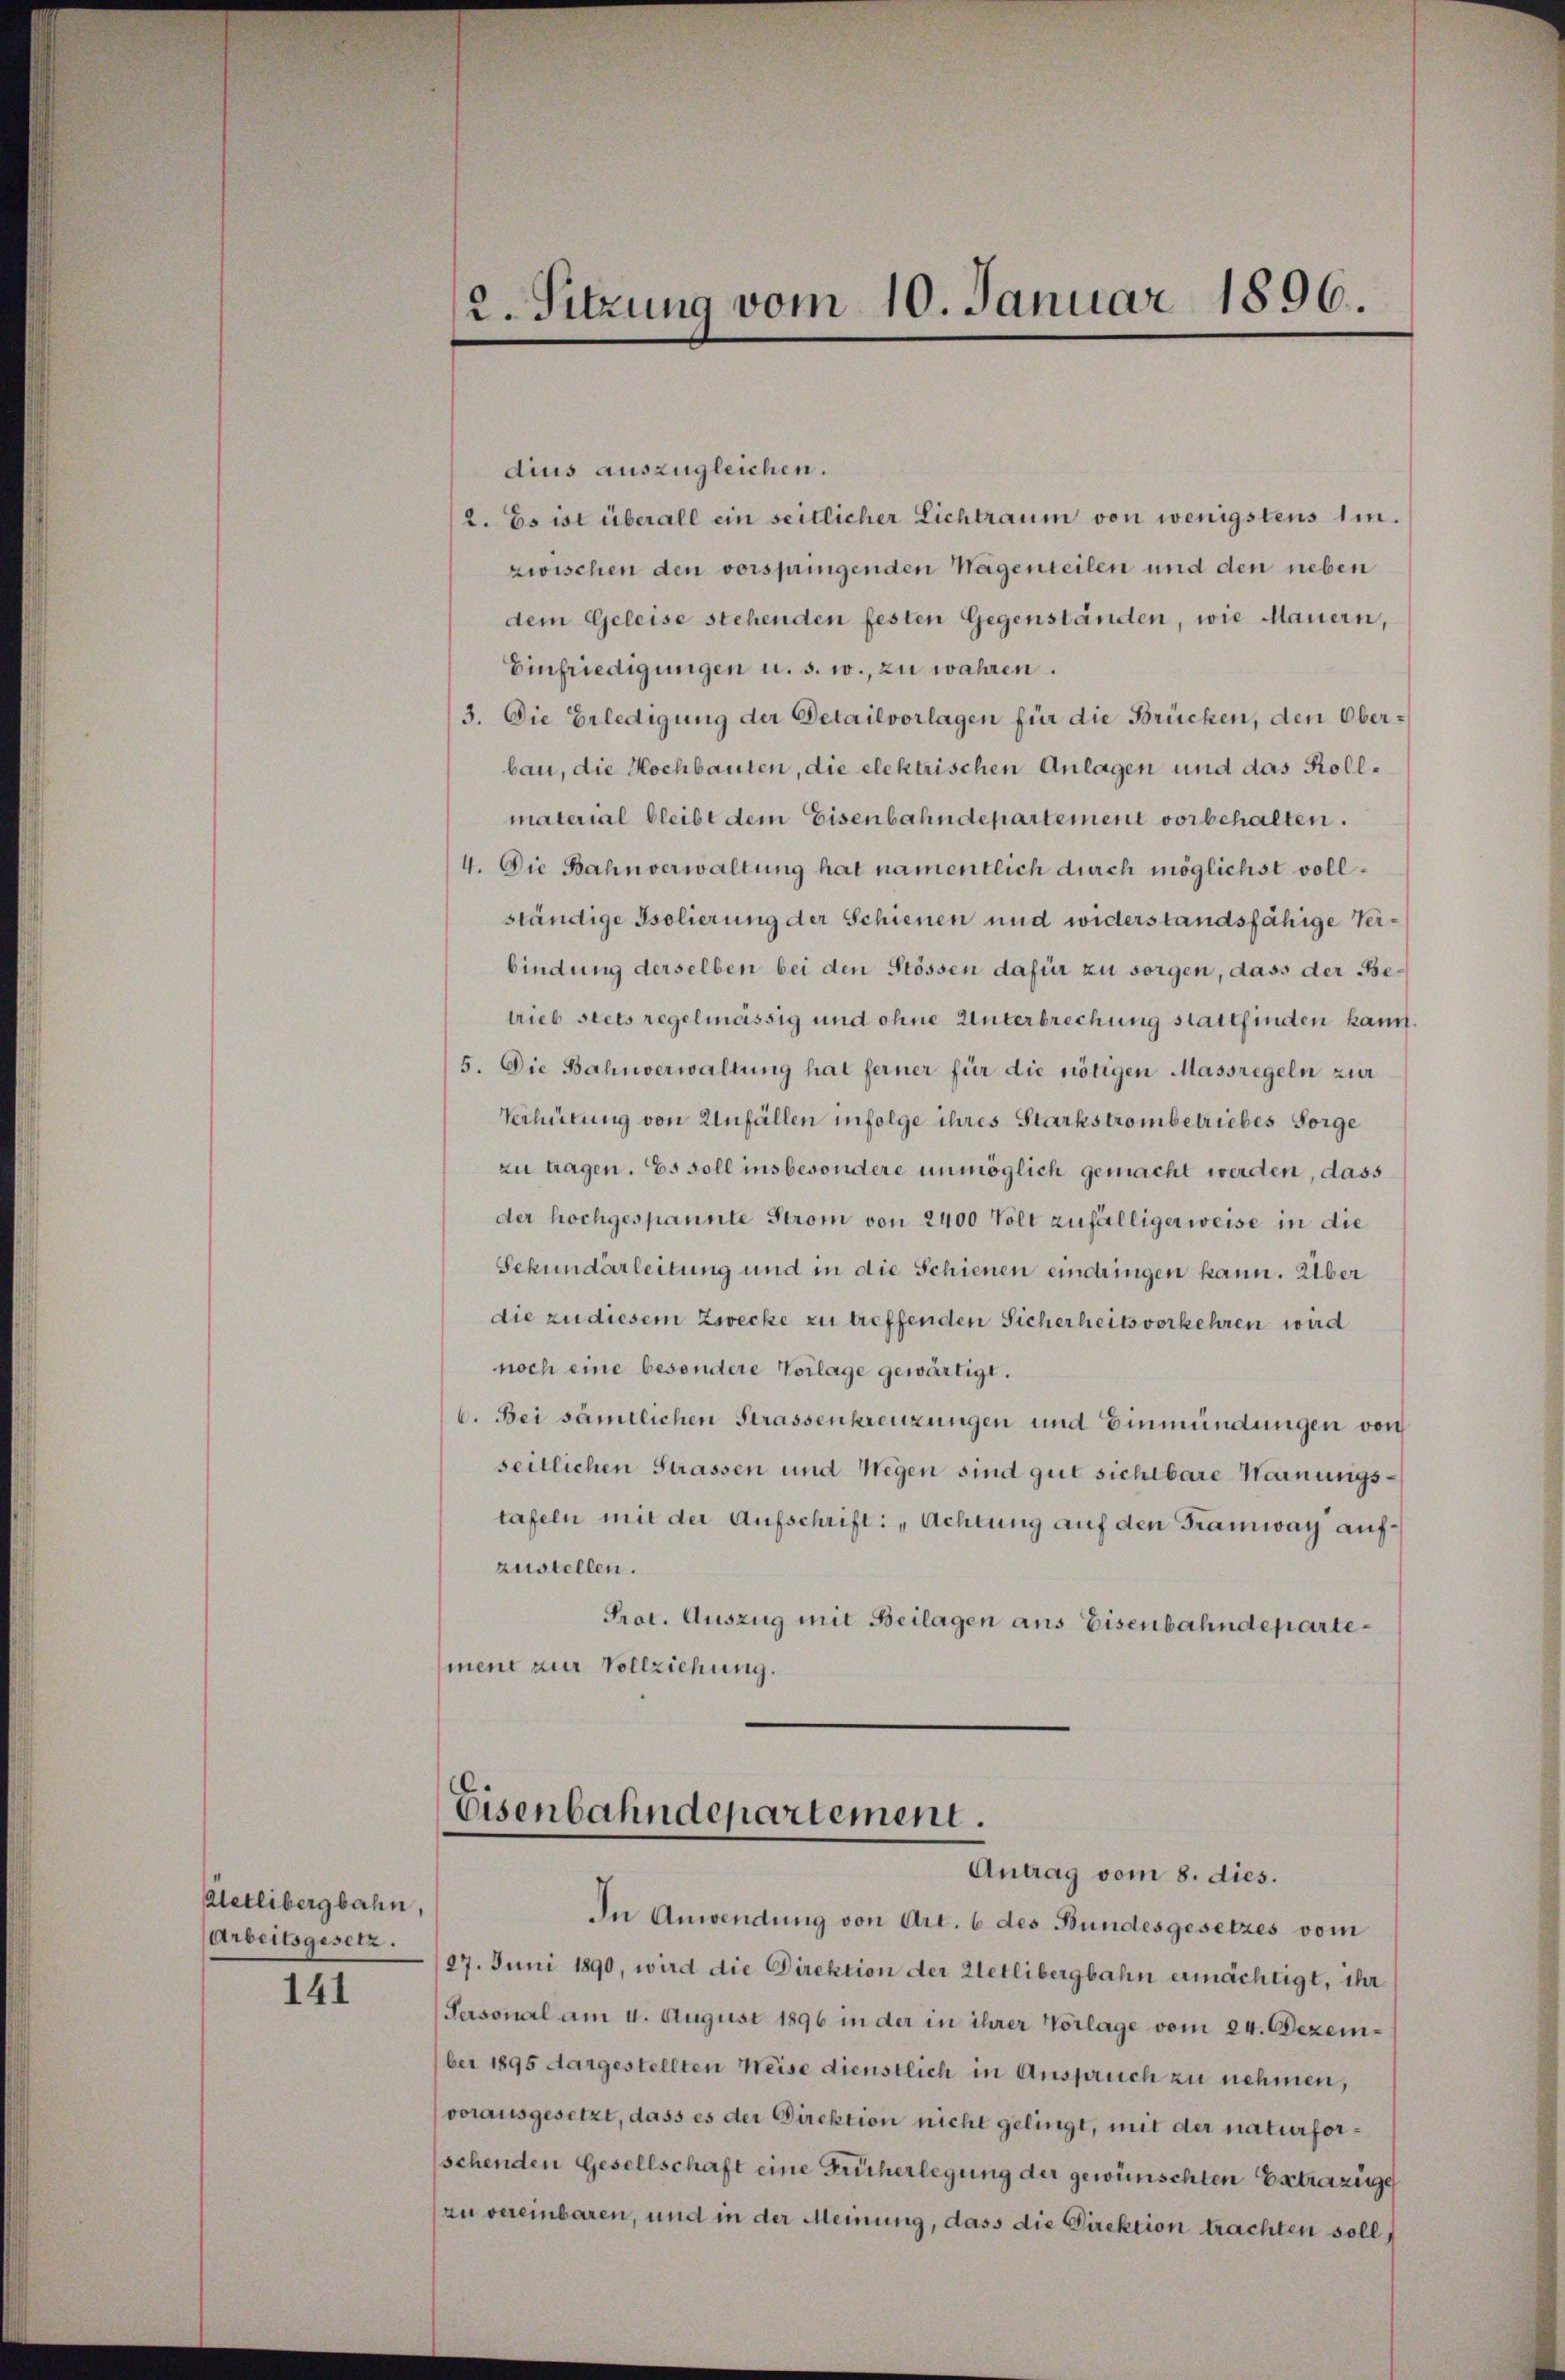
Wetlibergbahn,
Arbeitsgesetz.

141

2. Sitzung vom 10. Januar 1896.

dius auszugleichen.
2. Es ist überall ein seitlicher Lichtraum von wenigstens im
zwischen den vorspringenden Wagenteilen und den neben
dem Geleise stehenden festen Gegenständen, wie Mauern,
Einfriedigungen u. s. w., zu wahren.
3. Die Erledigung der Detailvorlagen für die Brücken, den Oberbau, die Hochbauten, die elektrischen Anlagen und das Rollmaterial bleibt dem Eisenbahndepartement vorbehalten.
4. Die Bahnverwaltung hat namentlich durch möglichst vollständige Isolierung der Schienen und widerstandsfähige Verbindung derselben bei den Stössen dafür zu sorgen, dass der Betrieb stets regelmässig und ohne Unterbrechung stattfinden kann.
5. Die Bahnverwaltung hat ferner für die nötigen Massregeln zur
Verhütung von Unfällen infolge ihres Starkstrombetriebes Sorge
zu tragen. Es soll insbesondere unmöglich gemacht werden, dass
der hochgespannte Strom von 2400 Volt zufälligerweise in die
Sekundarleitung und in die Schienen eindringen kann. Über
die zu diesem Zwecke zu treffenden Sicherheits vorkehren wird
noch eine besondere Vorlage gewärtigt.
6. Bei sämtlichen Strassenkreuzungen und Einmündungen von
seitlichen Strassen und Wegen sind gut sichtbare Warnungstafeln mit der Aufschrift: „Achtung auf den Tramway aufzustellen.
Prot. Auszug mit Beilagen aus Eisenbahndepartemene zur Vollziehung.
Eisenbahndepartement.
Antrag vom 8. dies.
In Anwendung von Art. 6 des Bundesgesetzes vom
27. Juni 1890, wird die Direktion der Wetlibergbahn ermächtigt, ihr
Personal am 4. August 1896 in der in ihrer Vorlage vom 24. Dezember 1895 dargestellten Weise dienstlich in Anspruch zu nehmen,
vorausgesetzt, dass es der Direktion nicht gelingt, mit der naturforschenden Gesellschaft eine Früherlegung der gewünschten Extrazüge
zu vereinbaren, und in der Meinung, dass die Direktion trachten soll,